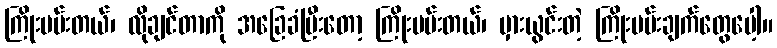
ကြိုးပမ်းတယ်၊ လိုချင်တာကို အခြေခံပြီးတော့ ကြိုးပမ်းတယ်၊ မှားယွင်းတဲ့ ကြိုးပမ်းချက်တွေပေါ့။